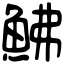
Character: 鮄